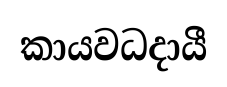
කායවධදායී